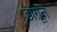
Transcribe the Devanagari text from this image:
डागून